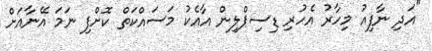
"އަދި ނާފިއު މިހާރު އެހުރި ޑިސިޕްލިން އާއެކު މަސައްކަތް ކޮށްފި ނަމަ އޭނާއަށް